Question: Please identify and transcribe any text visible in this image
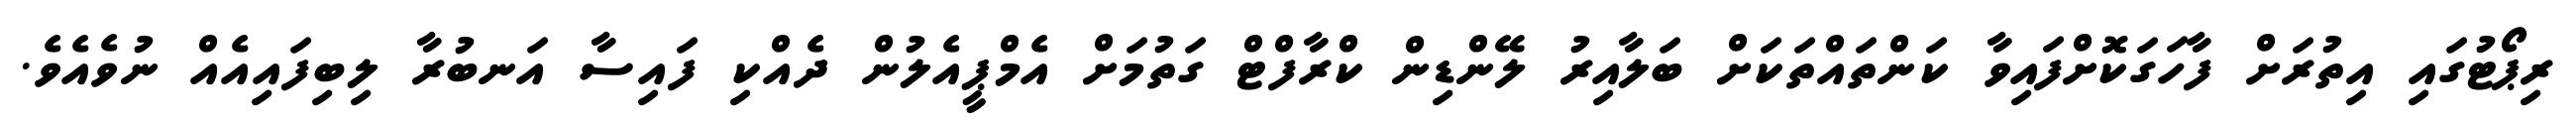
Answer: ރިޕޯޓުގައި އިތުރަށް ފާހަގަކޮށްފައިވާ ކަންތައްތަކަށް ބަލާއިރު ލޭންޑިން ކްރާފްޓް ގަތުމަށް އެމްޕީއެލުން ދެއްކި ފައިސާ އަނބުރާ ލިބިފައިއެއް ނުވެއެވެ.